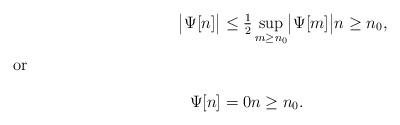
LaTeX: \begin{align*}\bigl|\Psi[n]\bigr|&\le \tfrac12 \sup_{m\ge n_0}\bigl|\Psi[m]\bigr|n\ge n_0,\\\intertext{or} \Psi[n]&=0n\ge n_0.\end{align*}